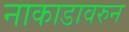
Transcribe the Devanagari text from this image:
नाकाडावरुन